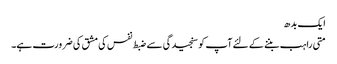
ایک بدھ
متی راہب بننے کے لئے آپ کو سنجیدگی سے ضبط نفس کی مشق کی ضرورت ہے۔